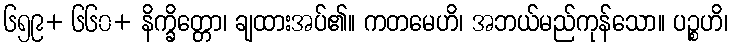
၆၅၉+ ၆၆၀+ နိက္ခိတ္တော၊ ချထားအပ်၏။ ကတမေဟိ၊ အဘယ်မည်ကုန်သော။ ပဉ္စဟိ၊